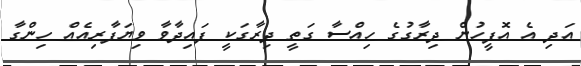
އަދި އެ އޮފީހުން ދިރާގުގެ ހިއްސާ ގަތީ ދިރާގަކީ ފައިދާވާ ވިޔަފާރިއެއް ހިންގާ